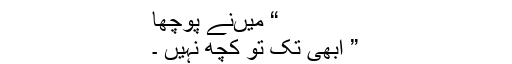
“ میںنے پوچھا
” ابھی تک تو کچھ نہیں ۔